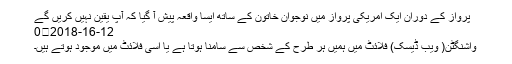
پرواز کے دوران ایک امریکی پرواز میں نوجوان خاتون کے ساتھ ایسا واقعہ پیش آ گیا کہ آپ یقین نہیں کریں گے
12-16-2018	0
واشنگٹن( ویب ڈیسک) فلائٹ میں ہمیں ہر طرح کے شخص سے سامنا ہوتا ہے یا اسی فلائٹ میں موجود ہوتے ہیں۔